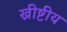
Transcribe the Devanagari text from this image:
ख्रीष्टीय